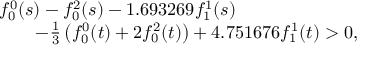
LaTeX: \begin{array} { l } { { f _ { 0 } ^ { 0 } ( s ) - f _ { 0 } ^ { 2 } ( s ) - 1 . 6 9 3 2 6 9 f _ { 1 } ^ { 1 } ( s ) } } \\ { { \qquad - { \frac { 1 } { 3 } } \left( f _ { 0 } ^ { 0 } ( t ) + 2 f _ { 0 } ^ { 2 } ( t ) \right) + 4 . 7 5 1 6 7 6 f _ { 1 } ^ { 1 } ( t ) > 0 , } } \end{array}